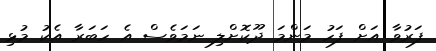
ފަރުވާ އަށް ފަހު މަންމަ ދޫކޮށްލި ނަމަވެސް އެ ހަބަރާ އެކު މުޅި